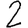
Digit: 2